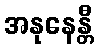
အနုနေန္တီ